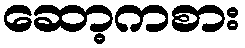
ဆော့ကစား